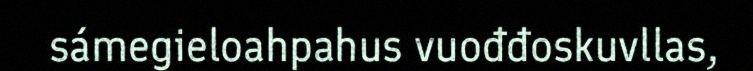
sámegieloahpahus vuođđoskuvllas,